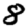
Digit: 8